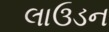
લાઉડન